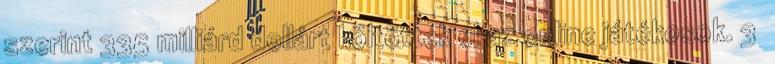
szerint 335 milliárd dollárt költöttek el az online játékosok. 3